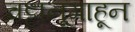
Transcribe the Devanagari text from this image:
चट्टानूगाहून